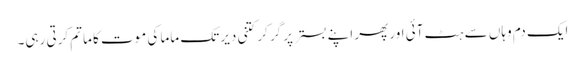
ایک دم وہاں سے ہٹ آئی اور پھر اپنے بستر پر گر کر کتنی دیر تک ماما کی موت کا ماتم کرتی رہی۔